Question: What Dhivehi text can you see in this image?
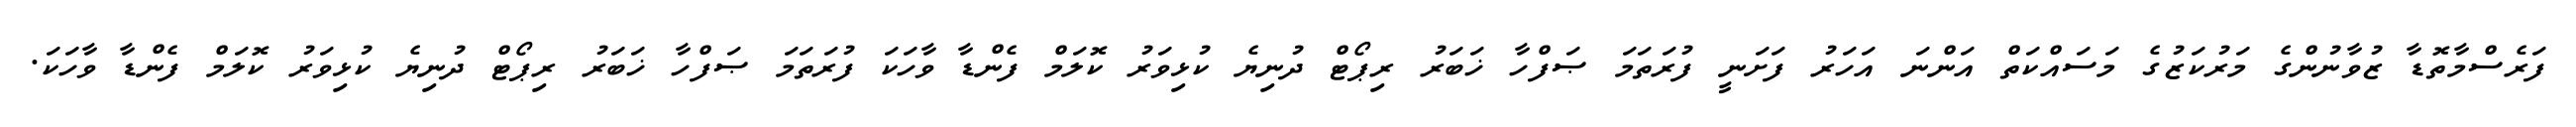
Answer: ފަރެސްމާތޮޑާ ޒުވާނުންގެ މަރުކަޒުގެ މަސައްކަތް އަންނަ އަހަރު ފަށަނީ ފުރަތަމަ ޞަފްހާ ޚަބަރު ރިޕޯޓް ދުނިޔެ ކުޅިވަރު ކޮލަމް ފެންޑާ ވާހަކަ ފުރަތަމަ ޞަފްހާ ޚަބަރު ރިޕޯޓް ދުނިޔެ ކުޅިވަރު ކޮލަމް ފެންޑާ ވާހަކަ.